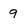
Character: 9